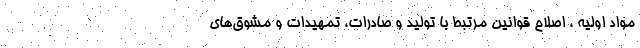
مواد اوليه ، اصلاح قوانين مرتبط با توليد و صادرات، تمهيدات و مشوق‌هاي